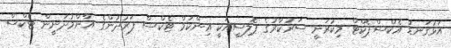
އަޅުގަނޑު އެކްސްޕެކްޓް މިކުރަނީ ސަރުކާރުގެ ޕޮލިސީއަކީ އިންކަމް ޓެކްސް ފަރުދުންގެ އާންމުދަނީން ޓެކްސް